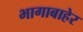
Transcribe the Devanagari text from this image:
भागाबाहेर